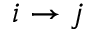
i \rightarrow j